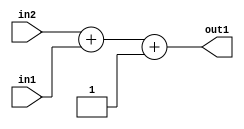
`timescale 1ps / 1ps
/*****************************************************************************
    Verilog RTL Description
    
    
    Created by: Stratus DpOpt 2019.1.01 
*******************************************************************************/

module st_feature_addr_gen_Add3i1u8u16_4_1 (
	in2,
	in1,
	out1
	); /* architecture "behavioural" */ 
input [15:0] in2;
input [7:0] in1;
output [15:0] out1;
wire [15:0] asc001;

wire [15:0] asc001_tmp_0;
assign asc001_tmp_0 = 
	+(in2)
	+(in1);
assign asc001 = asc001_tmp_0
	+(16'B0000000000000001);

assign out1 = asc001;
endmodule

/* CADENCE  uLH4TQ0= : u9/ySgnWtBlWxVPRXgAZ4Og= ** DO NOT EDIT THIS LINE ******/